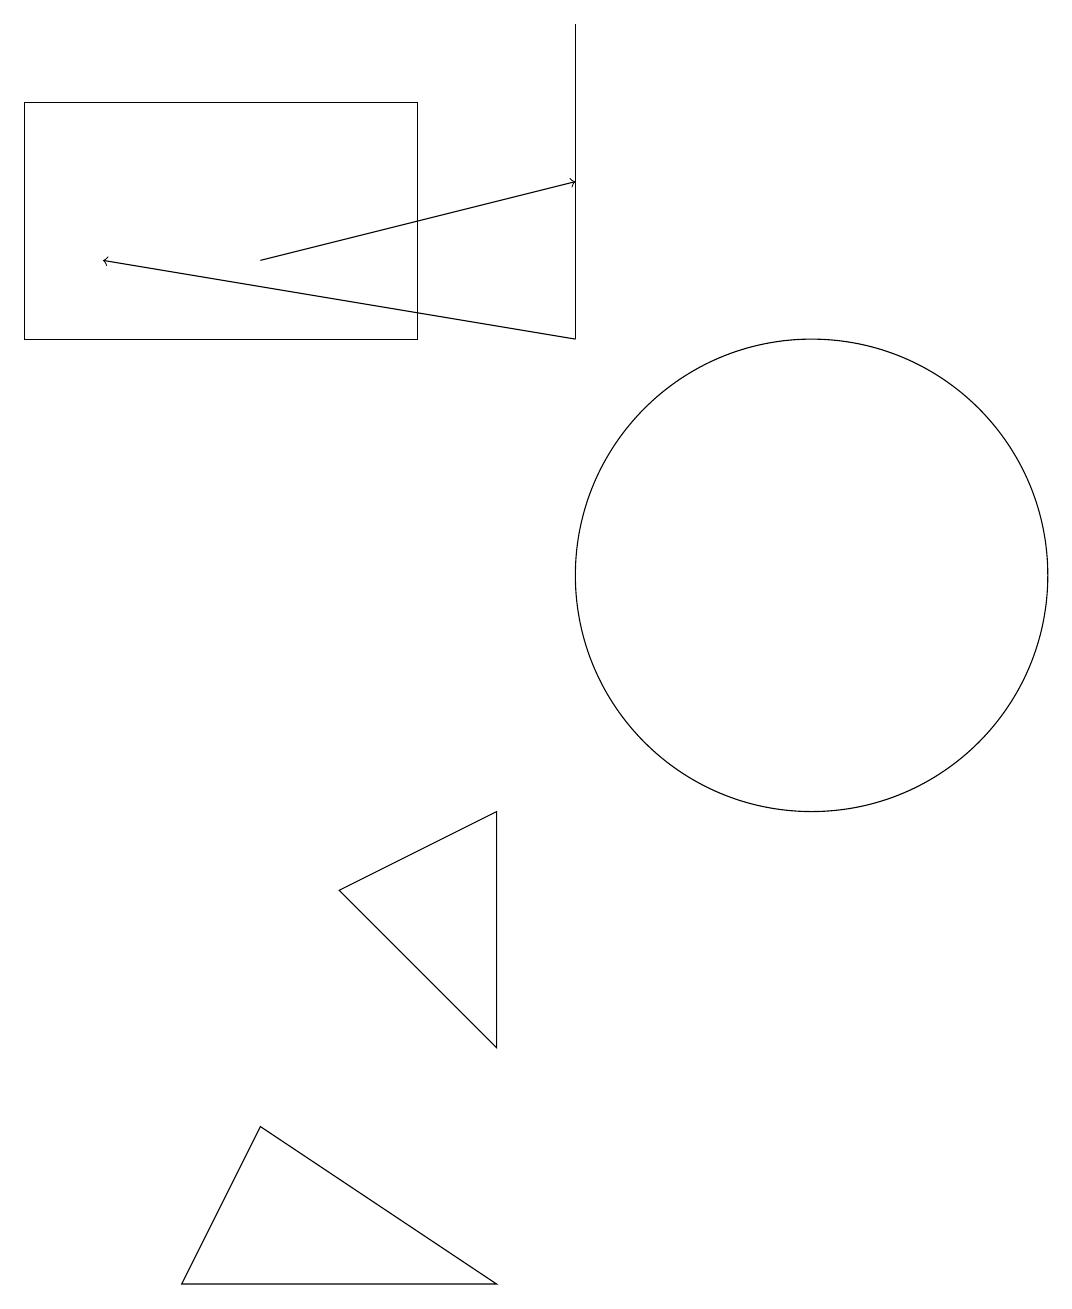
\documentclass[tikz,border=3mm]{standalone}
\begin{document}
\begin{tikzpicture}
\draw[->] (7,13) -- (1,14);
\draw (6,7) -- (4,6) -- (6,4) -- cycle;
\draw[->] (3,14) -- (7,15);
\draw (5,13) rectangle (0,16);
\draw (7,13) rectangle (7,17);
\draw (10,10) circle (3);
\draw (2,1) -- (3,3) -- (6,1) -- cycle;
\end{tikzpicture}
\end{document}